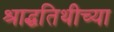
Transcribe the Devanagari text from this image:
श्राद्धतिथीच्या